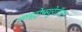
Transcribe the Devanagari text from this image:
नाइट्रोफ्यूरेटॉएन